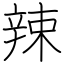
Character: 辣